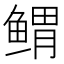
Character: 𱈃